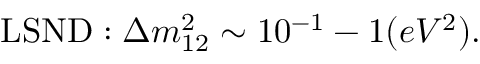
\mathrm { L S N D } : \Delta m _ { 1 2 } ^ { 2 } \sim 1 0 ^ { - 1 } - 1 ( e V ^ { 2 } ) .